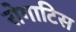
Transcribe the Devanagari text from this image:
रोगाटिस